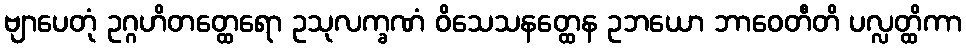
ဗျာပေတုံ ဥဂ္ဂဟိတတ္ထေရော ဥသုလက္ခဏံ ဝိသေသနတ္ထေန ဥဘယော ဘာဝေတီတိ ပလ္လတ္ထိကာ